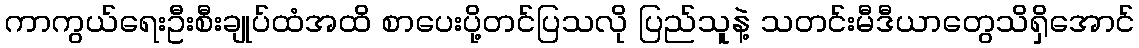
ကာကွယ်ရေးဦးစီးချုပ်ထံအထိ စာပေးပို့တင်ပြသလို ပြည်သူနဲ့ သတင်းမီဒီယာတွေသိရှိအောင်